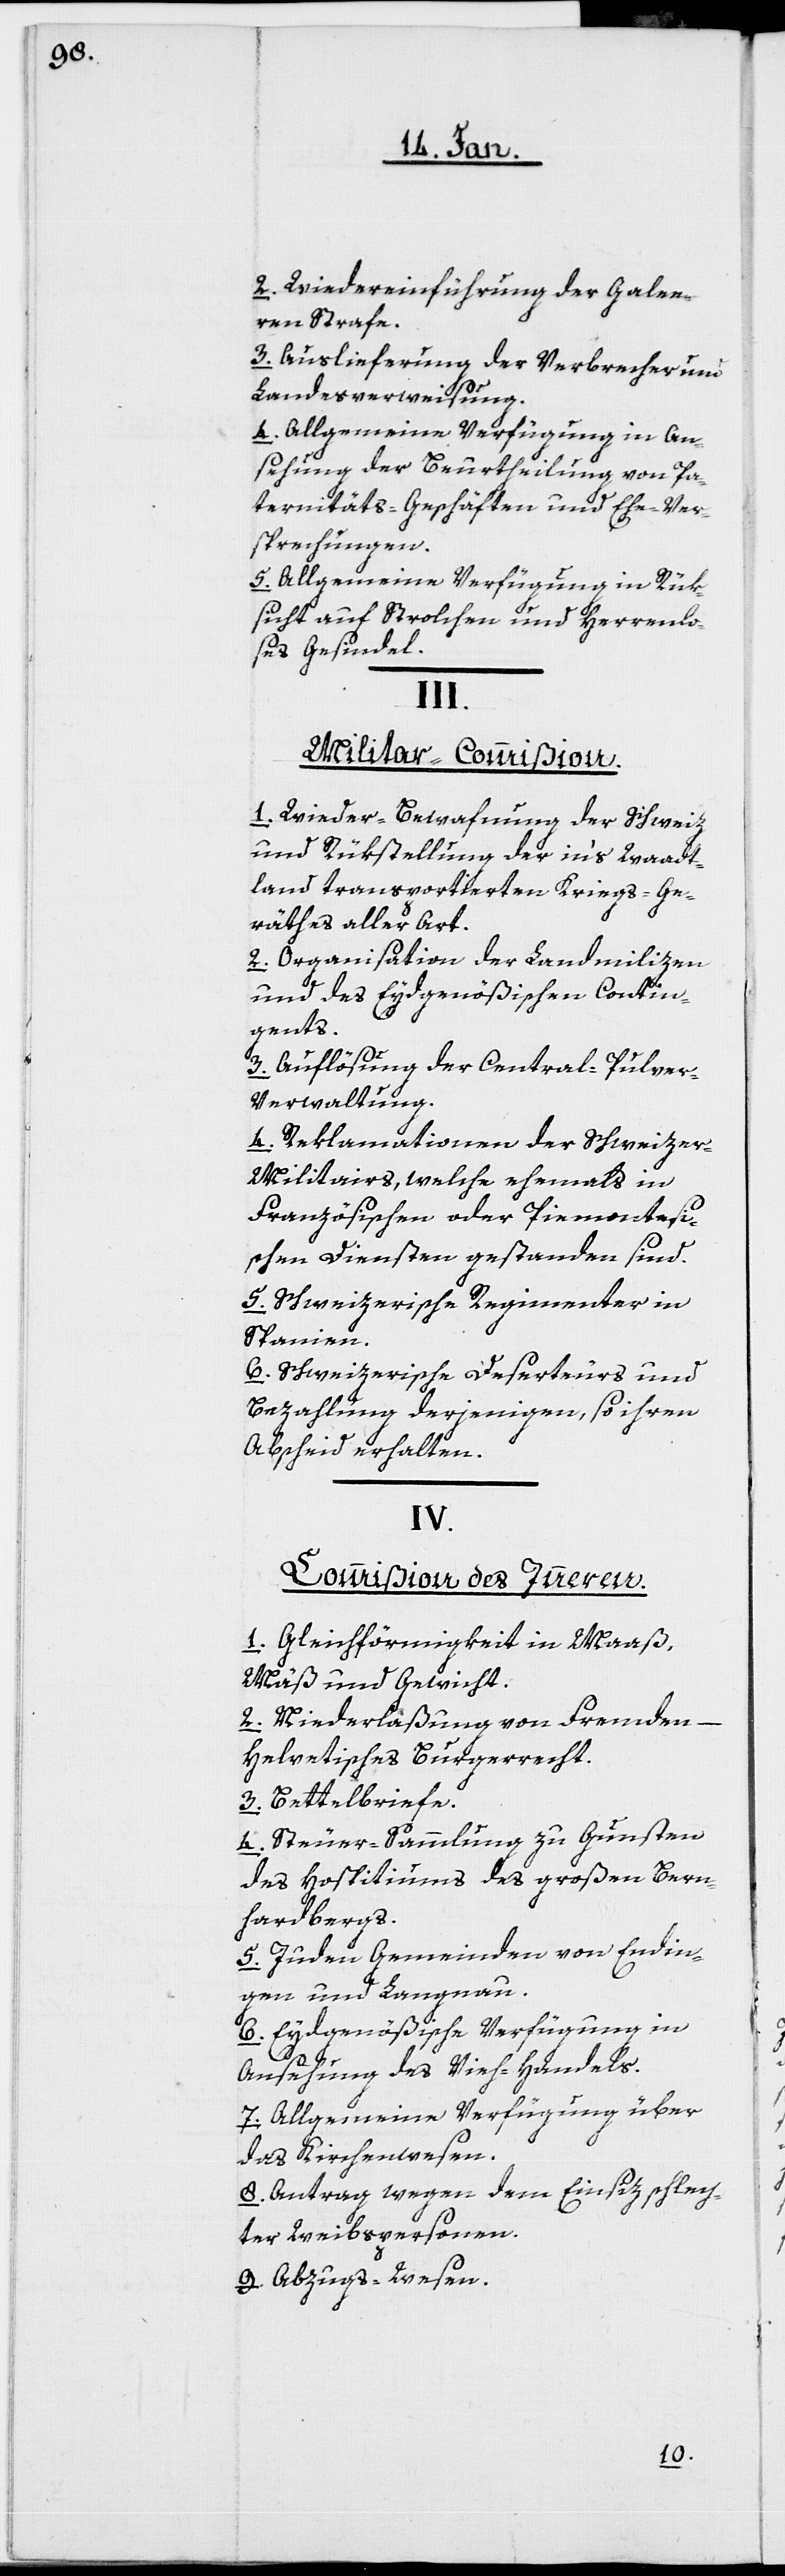
2. Wiedereinführung der Galee¬
ren Strafe.
3. Auslieferung der Verbrecher und
Landesverweisung.
4. Allgemeine Verfügung in An¬
sehung der Beurtheilung von Pa¬
ternitäts-Geschäften und Ehe-Ver¬
sprechungen.
5. Allgemeine Verfügung in Rück¬
sicht auf Strolchen und Herrenlo¬
ses Gesindel.
III.
Militar-Commißion.
1. Wieder-Bewaffnung der Schweiz
und Rückstellung der in’s Waadt¬
land transportierten Kriegs-Ge¬
rätschaftes aller Art.
2. Organisation der Landmilizen
und des Eydgenößischen Contin¬
gents.
3. Auflösung der Central-Pulve¬
r-Verwaltung.
4. Reklamationen der Schweize¬
r-Militairs, welche ehemals in
Französischen oder Piemontesi¬
schen Diensten gestanden sind.
5. Schweizerische Regimenter in
Spanien.
6. Schweizerische Deserteurs und
Bezahlung derjenigen, so ihren
Abscheid erhalten.
IV.
Commißion des Inneren.
1. Gleichförmigkeit in Maaß,
Mäß und Gewicht.
2. Niederlaßung von Fremden –
Helvetisches Burgerrecht.
3. Bettelbriefe.
4. Steuer-Sammlung zu Gunsten
des Hospitiums des großen Bern¬
hardbergs.
5. Juden-Gemeinden von Endin¬
gen und Langnau.
6. Eydgenößische Verfügung in
Ansehung des Vieh-Handels.
7. Allgemeine Verfügung über
das Kirchenwesen.
8. Antrag wegen dem Einsiz schlech¬
ter Weibspersonen.
9. Abzugs-Wesen.